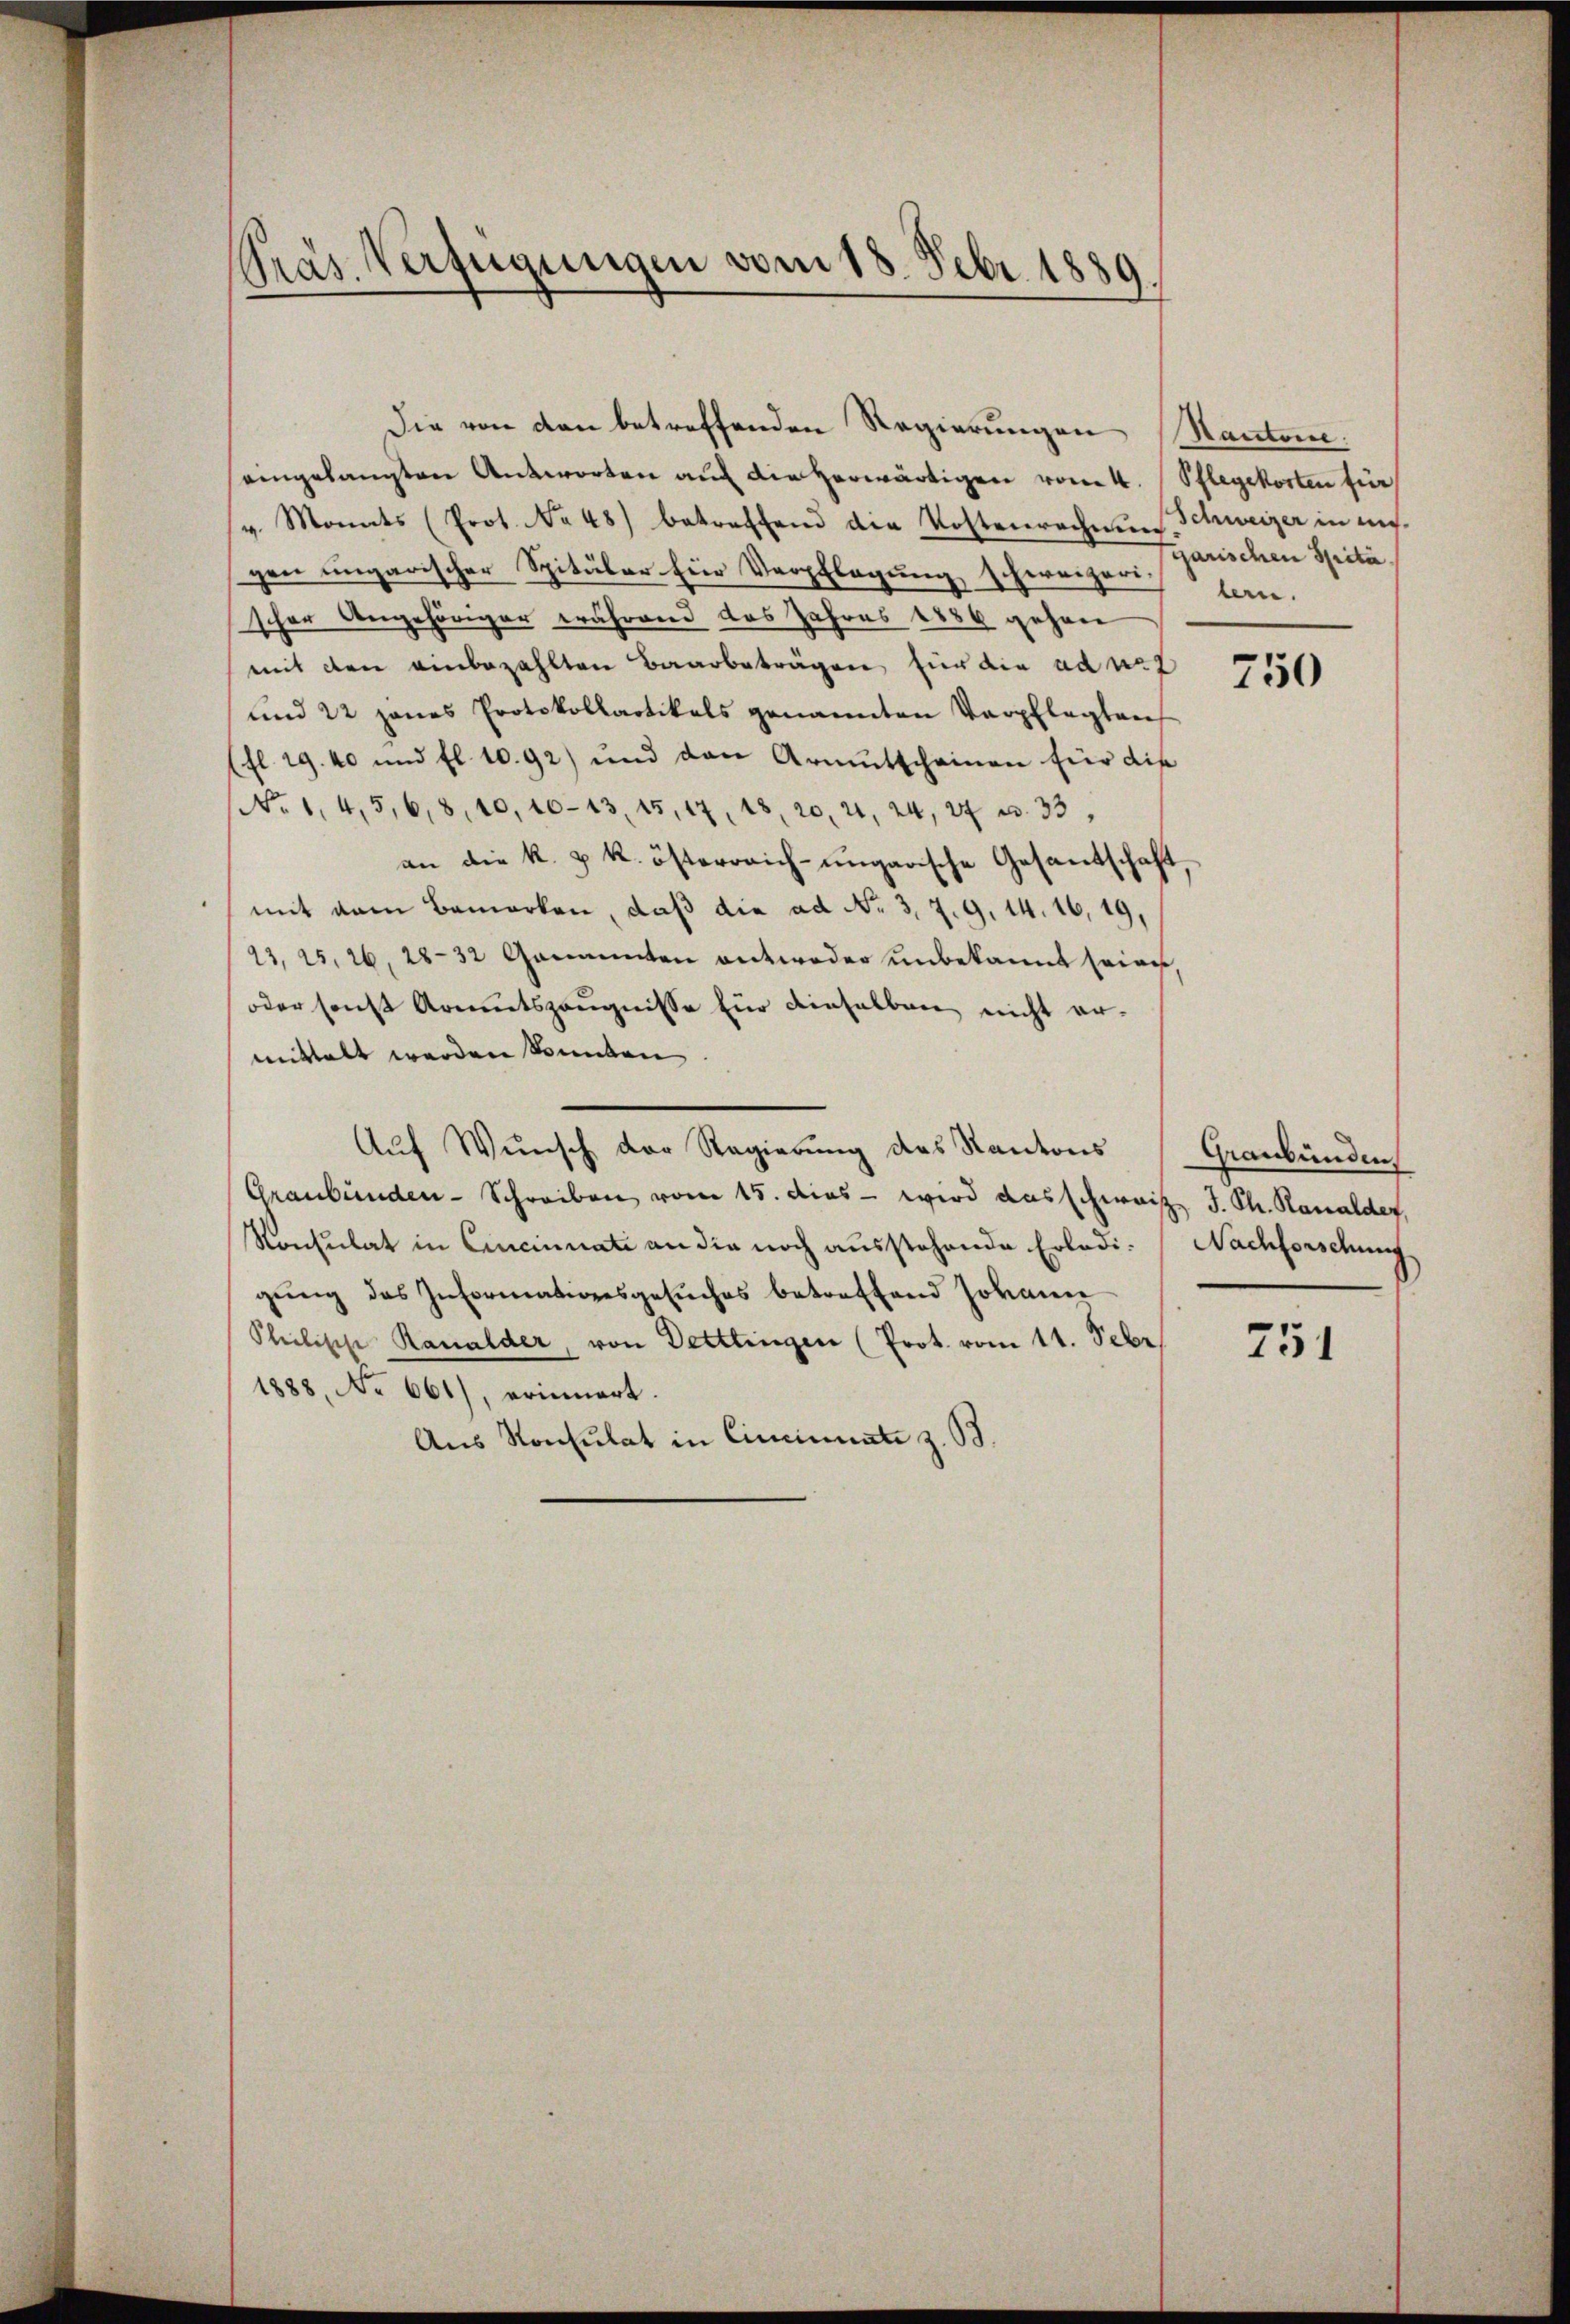
Pras Verfügungen vom 18. Febr. 1889.

eingelangten Antworten auf die herwärtigen vom 4. Pflegekosten für
v. Monats (Prot. No 48) betreffend die Kostenrechnŭng
gen ungarischer Spitäler fier Verpflegung schweizeris len-
scher Angehöriger während das Jahres 1886 gehen
mit den einbezahlten Baarbeträgen für die ad u. 7
und 22 janes Protokollartikals genannten Verpflegten
(fl. 19. 40 und fl. 1092) und den Armutscheinen für die
No 1,4,5,6,8,10,10-43, 15, 17, 18, 20, 24, 24, 27 u. 33,
an die k. u. k. österreich-ungarische Gesandschaft,
mit dem Bemerken, daß die ad No. 3, 7. 9. 14. 16,19,
23, 25, 26, 28-32 Genannten antweder unbekannt seine,
oder sonst Armutszeugnisse für dieselben nicht ermittalt werden könnten.
Auf Wunsch der Regierung des Kantons (Graubünden
Graubünden-Schreiben vom 15. dies - wird ausschweis J. Ph. Kanalder,
Konsulat in Cincinnate an die noch ausstehende Erledi-Nachforschung,
gŭng des Informationsgesŭches betreffend Johann
Sleelische Ranalder, von Dettlingen (Prot. vom 11. Sebr
1888, No 661), erinnert.
Aus Konsulat in Cincinuate z. B.

Die von den betreffenden Regierungen Kantone:

Schweizer in uns.
garischen Spita

750

751